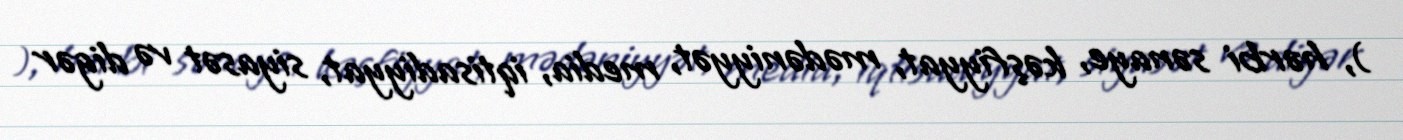
), hərbi sənaye, kəşfiyyat, mədəniyyət, media, iqtisadiyyat, siyasət və digər